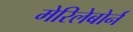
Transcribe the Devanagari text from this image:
मेरिलेबोर्न